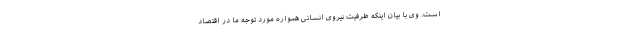
است. وی با بیان اینکه ظرفیت نیروی انسانی همواره مورد توجه ما در اقتصاد